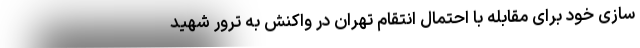
سازی خود برای مقابله با احتمال انتقام تهران در واکنش به ترور شهید